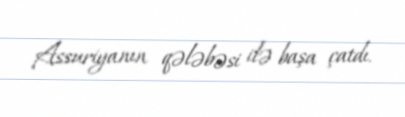
Assuriyanın qələbəsi ilə başa çatdı.